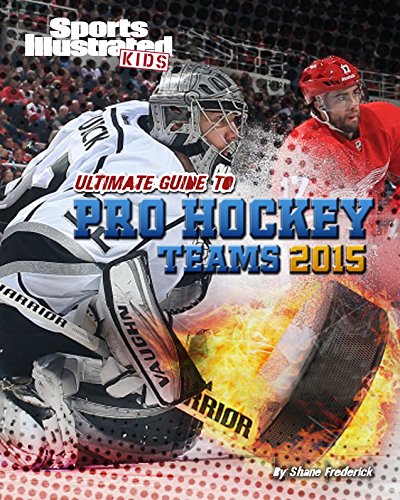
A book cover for Ultimate Guide to Pro Hockey Teams 2015 (Sports Illustrated Kids); Shane Frederick; Children's Books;